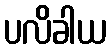
ပလိခါယ